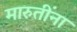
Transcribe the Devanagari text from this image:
मारुतींना